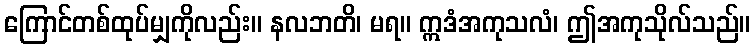
ကြောင်တစ်ထုပ်မျှကိုလည်း။ နလဘတိ၊ မရ။ ဣဒံအကုသလံ၊ ဤအကုသိုလ်သည်။